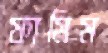
ফামিম